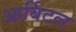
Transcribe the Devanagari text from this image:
आर्बिटल